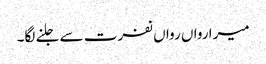
میرا رواں رواں نفرت سے جلنے لگا۔